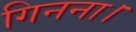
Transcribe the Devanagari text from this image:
गिनना।